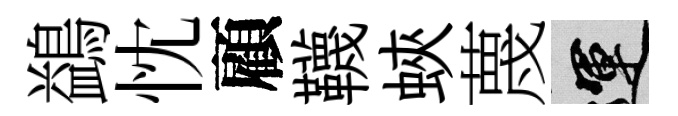
鷁忱顧韈蛺蔑運